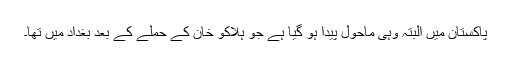
پاکستان میں البتہ وہی ماحول پیدا ہو گیا ہے جو ہلاکو خان کے حملے کے بعد بغداد میں تھا۔